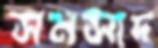
সমসাদ